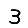
Digit: 3